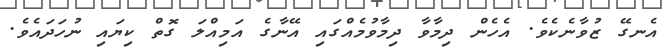
އެނގޭ ޒުވާނެކެވެ. އެހެން ދިމާވާ ދިމާވުމެއްގައި އޭނާގެ އަމިއްލަ ގޮތް ކިޔައި ނުހަދައެވެ.